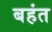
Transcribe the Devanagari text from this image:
बहंत